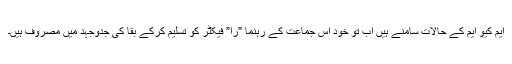
ایم کیو ایم کے حالات سامنے ہیں اب تو خود اس جماعت کے رہنما ”را” فیکٹر کو تسلیم کرکے بقا کی جدوجہد میں مصروف ہیں۔